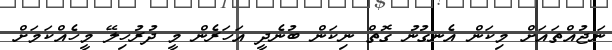
ނަޖުއްތައަށް މިކަން އެނގުނު ގޮތް ނިކަން ބުނެދީ އަހަރެން މީ ދުރުހިލޭ މީހެއްކަމަށް